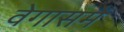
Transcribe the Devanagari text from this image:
वेगासमें